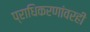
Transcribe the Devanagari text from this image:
प्राधिकरणांवरही